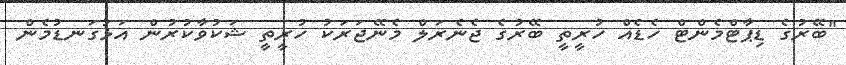
"ބޭރުގެ ޑިޕާޓްމެންޓް ހެޑެއް ހުރީތީ ބޭރުގެ ޖެނެރަލް މެނޭޖަރަކު ހުރީތީ ޝަކުވާކުރުން އަޅުގަނޑުމެން